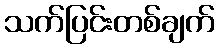
သက်ပြင်းတစ်ချက်